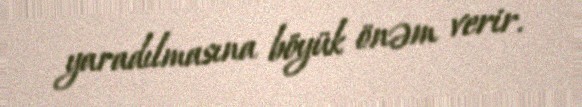
yaradılmasına böyük önəm verir.